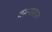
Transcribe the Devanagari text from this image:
वरूणराज